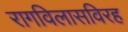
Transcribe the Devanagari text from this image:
रागविलासविरह